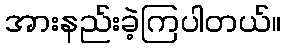
အားနည်းခဲ့ကြပါတယ်။